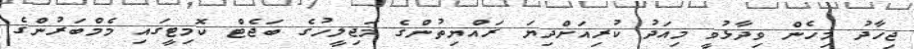
ޖިހާދު މިހެން ވިދާޅުވީ މިއަދު ކުރިއަށްދިޔަ ރައްޔިތުންގެ މަޖިލީހުގެ ބަޖެޓް ކޮމިޓީގައި މެމްބަރުންގެ